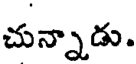
చున్నాడు.